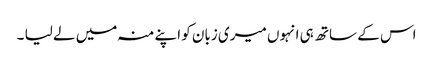
اس کے ساتھ ہی انہوں میری زبان کو اپنے منہ میں لے لیا ۔